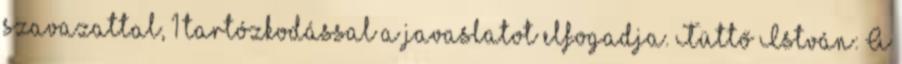
szavazattal, 1 tartózkodással a javaslatot elfogadja. Tüttő István: A